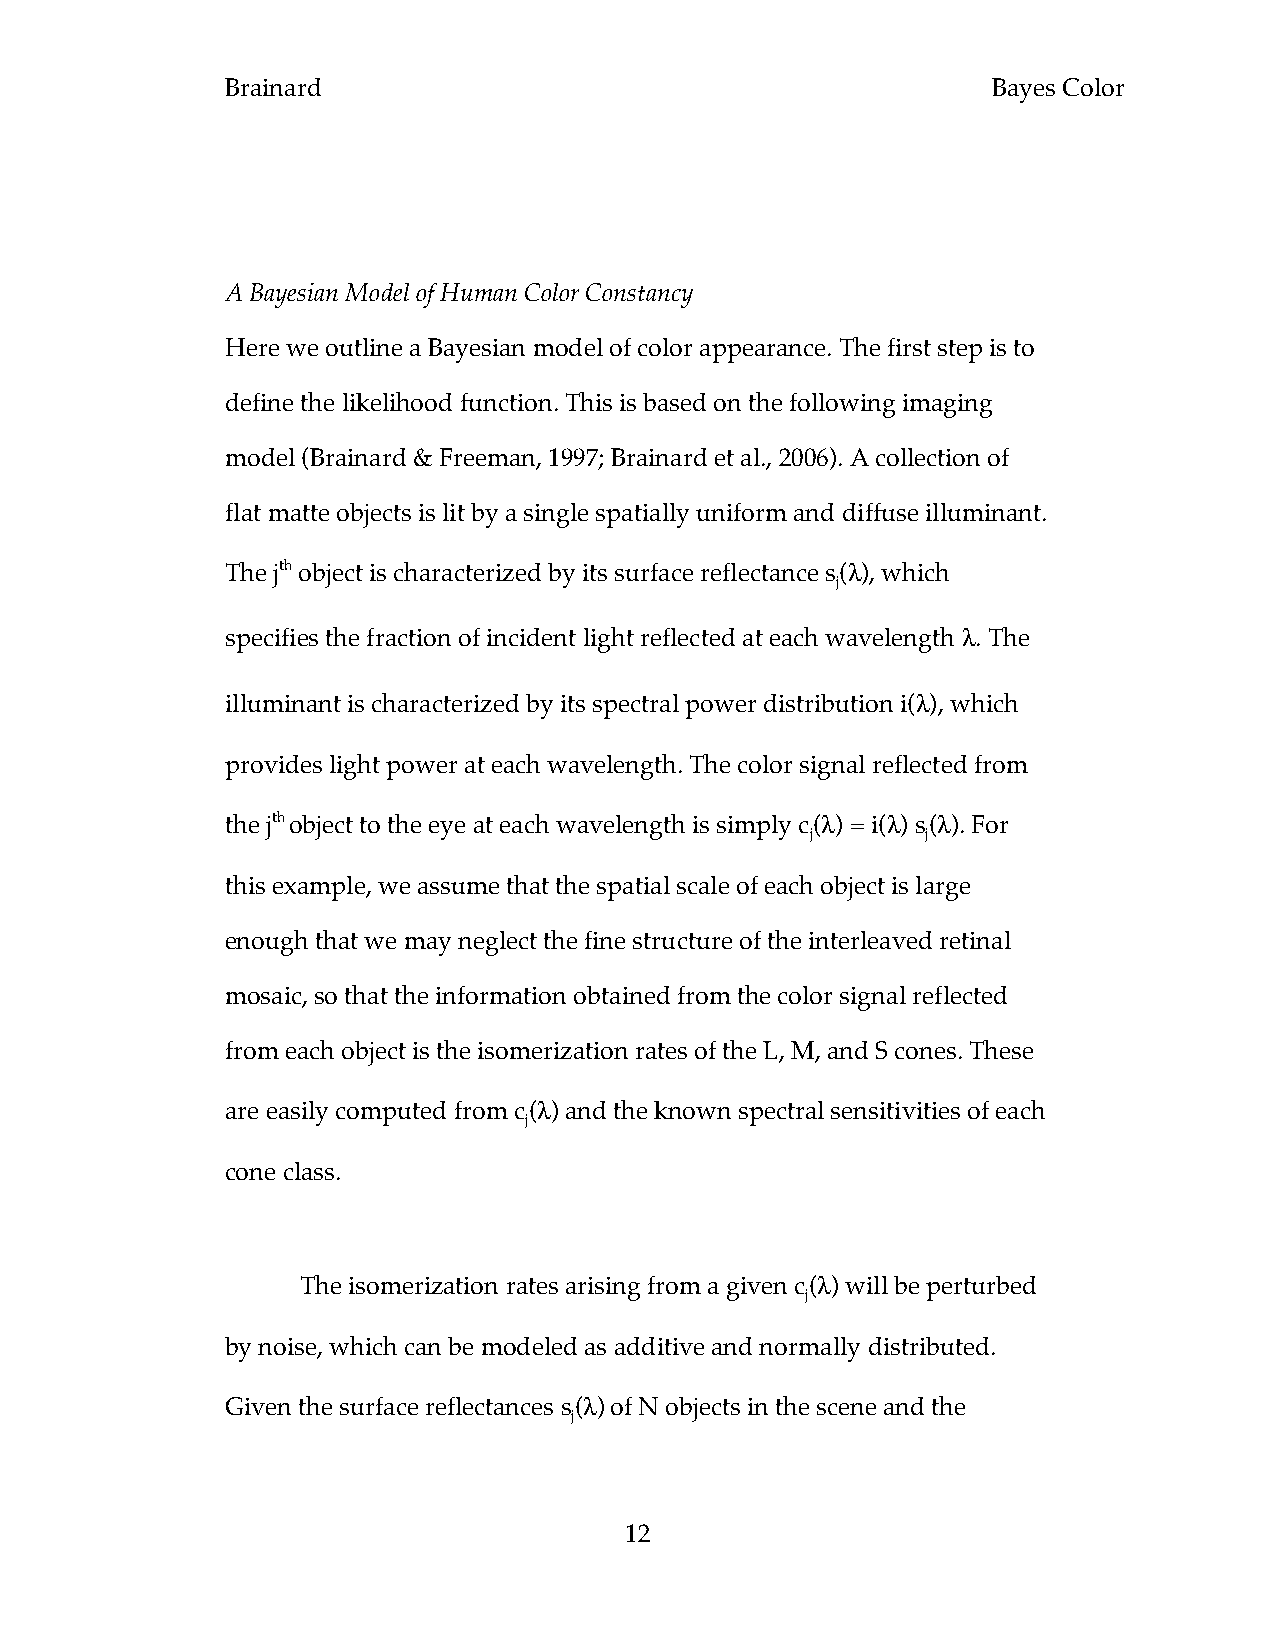
Brainard                                           Bayes Color
 A Bayesian Model of Human Color Constancy
 Here we outline a Bayesian model of color appearance. The first step is to
 define the likelihood function. This is based on the following imaging
 model (Brainard & Freeman, 1997; Brainard et al., 2006). A collection of
 flat matte objects is lit by a single spatially uniform and diffuse illuminant.
 The jth object is characterized by its surface reflectance s(λ), which
 j
 specifies the fraction of incident light reflected at each wavelength λ. The
 illuminant is characterized by its spectral power distribution i(λ), which
 provides light power at each wavelength. The color signal reflected from
 the jth object to the eye at each wavelength is simply c(λ) = i(λ) s(λ). For
 j      j
 this example, we assume that the spatial scale of each object is large
 enough that we may neglect the fine structure of the interleaved retinal
 mosaic, so that the information obtained from the color signal reflected
 from each object is the isomerization rates of the L, M, and S cones. These
 are easily computed from c(λ) and the known spectral sensitivities of each
 j
 cone class.
 The isomerization rates arising from a given c(λ) will be perturbed
 j
 by noise, which can be modeled as additive and normally distributed.
 Given the surface reflectances s(λ) of N objects in the scene and the
 j
 12